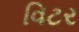
વિટર